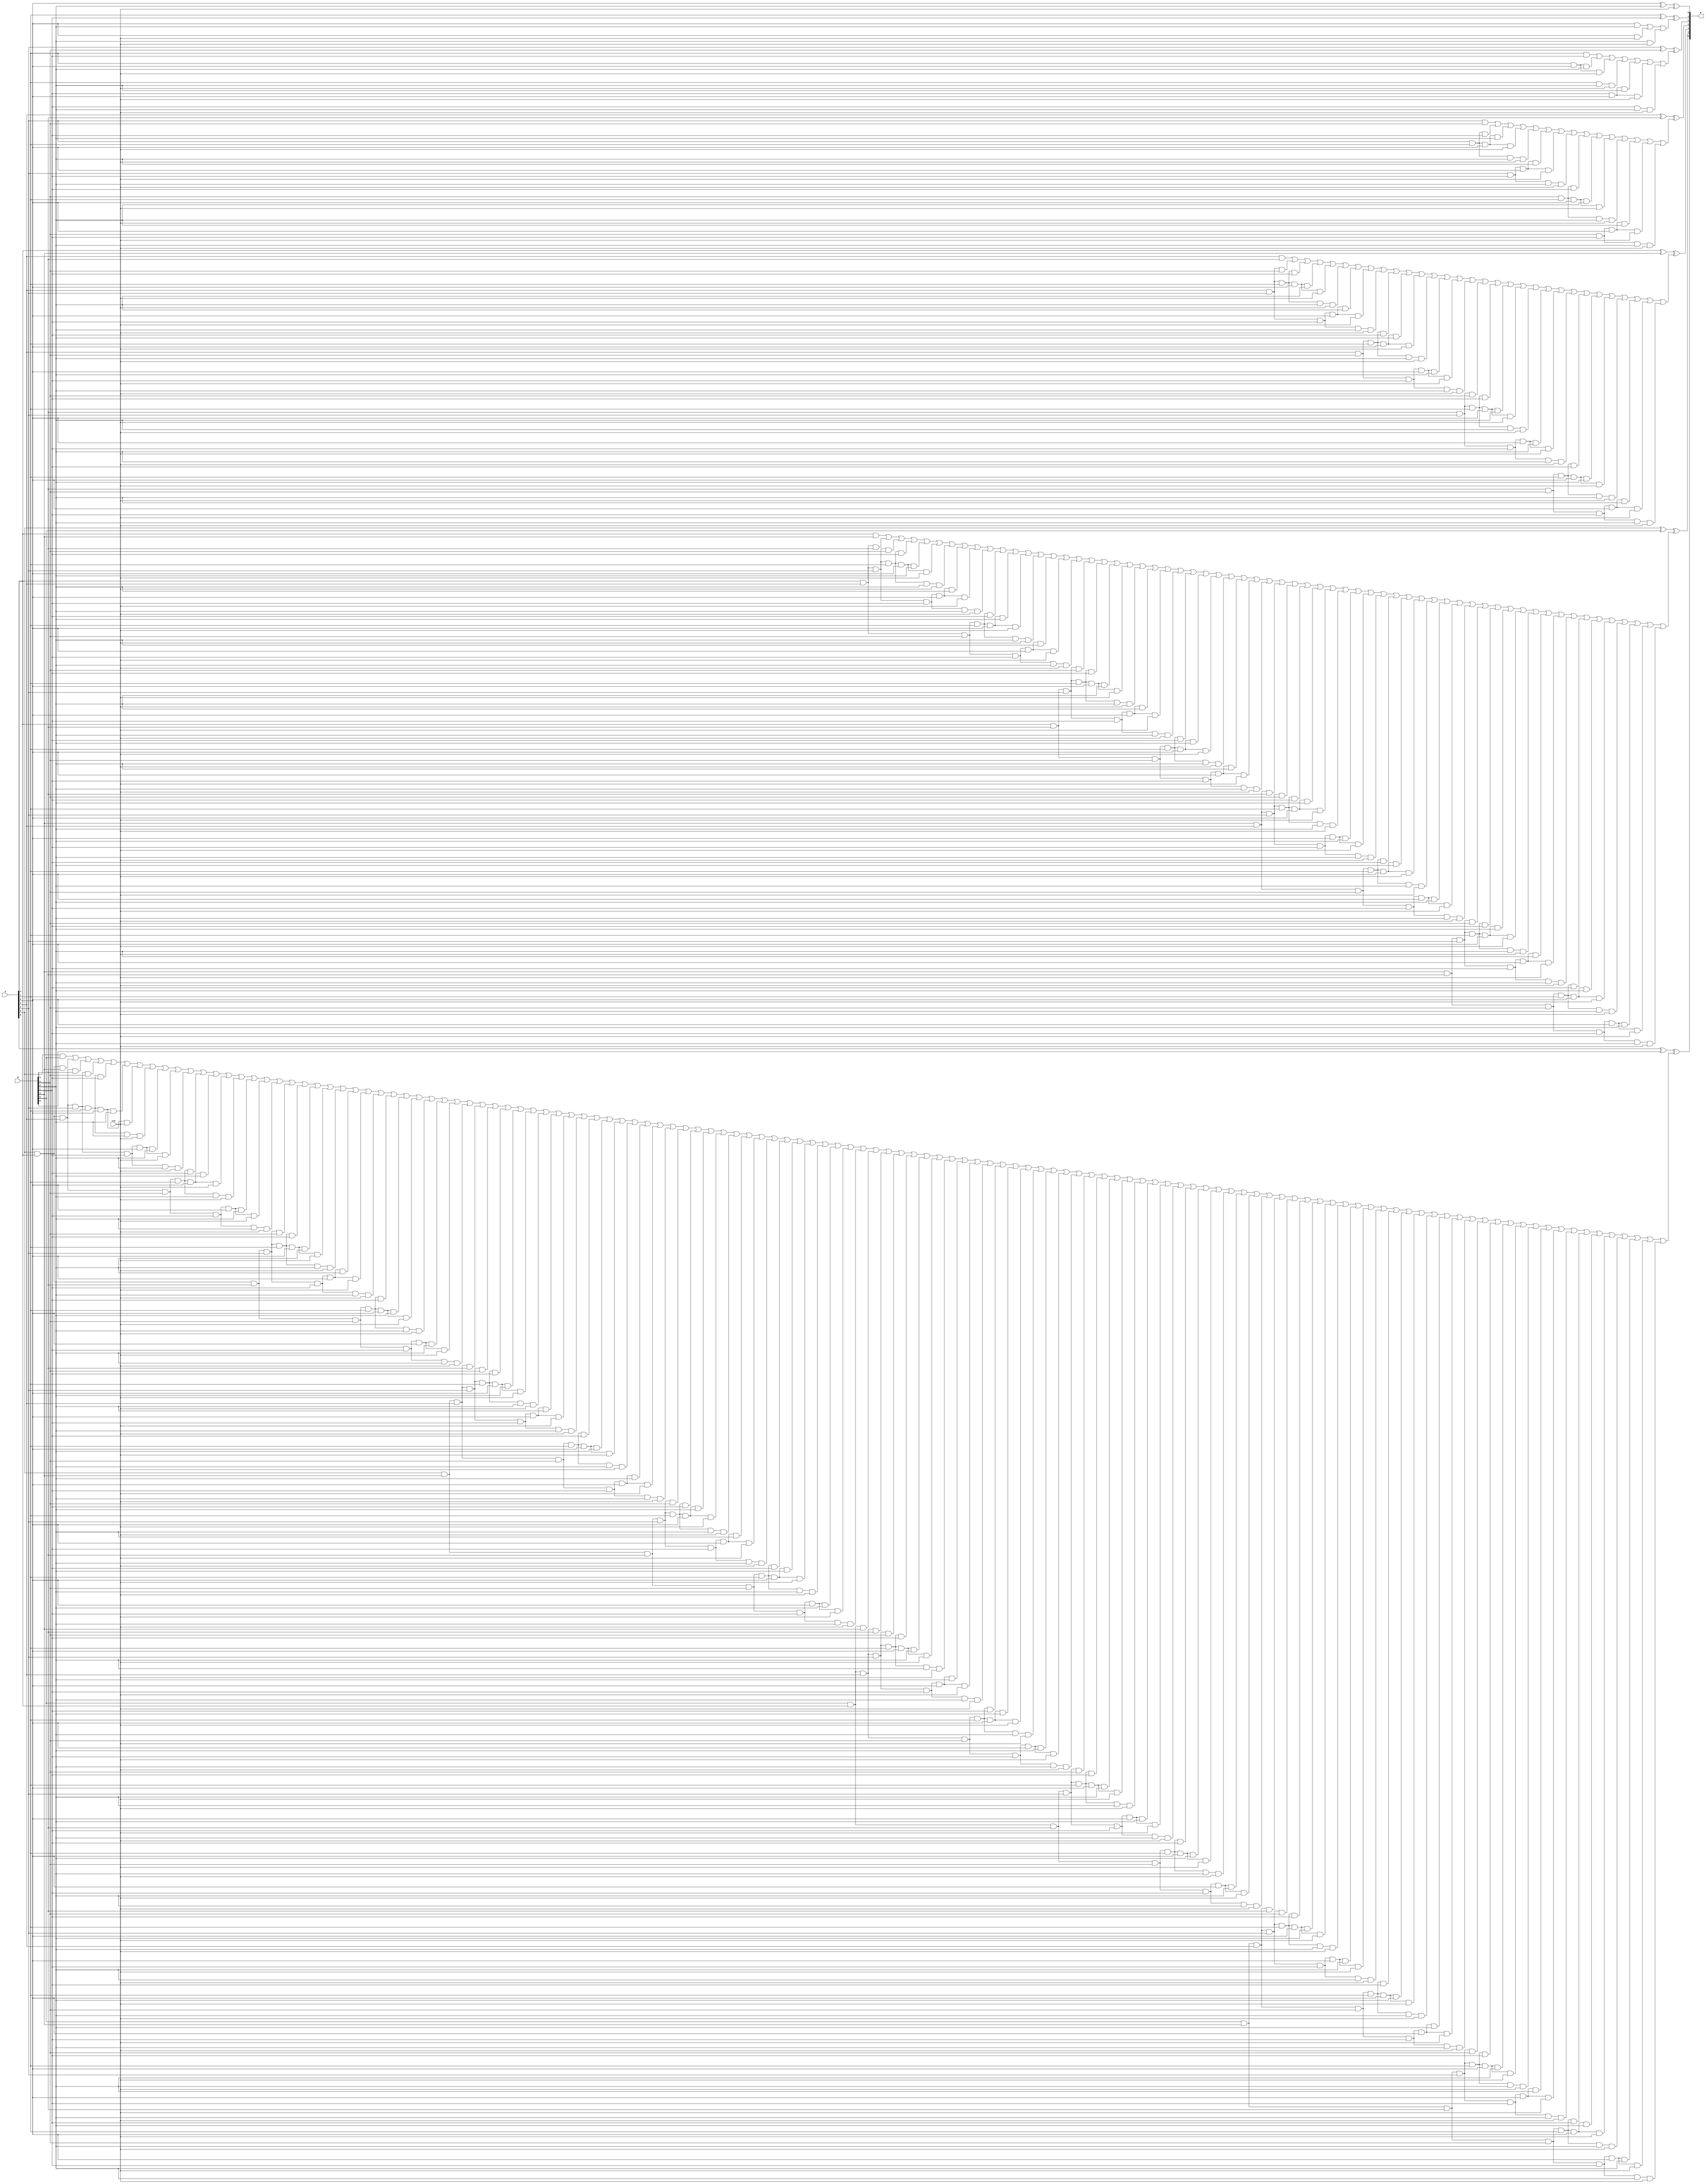
module alt_carry_look_ahead_adder_cin7
(
input [6:0] A, B,
input cin,
output [6:0] R
);
wire c0,  c1,  c2,  c3,  c4,  c5,  c6; 
wire c_one_1, c_one_2, c_one_3;
wire c_two_1, c_two_2, c_two_3, c_two_4, c_two_5, c_two_6, c_two_7;
wire c_three_1,c_three_2,c_three_3,c_three_4,c_three_5,c_three_6,c_three_7,c_three_8,c_three_9,c_three_10,c_three_11,c_three_12,c_three_13,c_three_14,c_three_15;
wire c_four_1, c_four_2, c_four_3, c_four_4, c_four_5, c_four_6, c_four_7, c_four_8, c_four_9, c_four_10, c_four_11, c_four_12, c_four_13, c_four_14, c_four_15, c_four_16, c_four_17, c_four_18, c_four_19, c_four_20, c_four_21, c_four_22, c_four_23, c_four_24, c_four_25, c_four_26, c_four_27, c_four_28, c_four_29, c_four_30, c_four_31;
wire c_five_1, c_five_2, c_five_3, c_five_4, c_five_5, c_five_6, c_five_7, c_five_8, c_five_9, c_five_10, c_five_11, c_five_12, c_five_13, c_five_14, c_five_15, c_five_16, c_five_17, c_five_18, c_five_19, c_five_20, c_five_21, c_five_22, c_five_23, c_five_24, c_five_25, c_five_26, c_five_27, c_five_28, c_five_29, c_five_30, c_five_31, c_five_32, c_five_33, c_five_34, c_five_35, c_five_36, c_five_37, c_five_38, c_five_39, c_five_40, c_five_41, c_five_42, c_five_43, c_five_44, c_five_45, c_five_46, c_five_47, c_five_48, c_five_49, c_five_50, c_five_51, c_five_52, c_five_53, c_five_54, c_five_55, c_five_56, c_five_57, c_five_58, c_five_59, c_five_60, c_five_61, c_five_62, c_five_63; 
wire c_six_1, c_six_2, c_six_3, c_six_4, c_six_5, c_six_6, c_six_7, c_six_8, c_six_9, c_six_10, c_six_11, c_six_12, c_six_13, c_six_14, c_six_15, c_six_16, c_six_17, c_six_18, c_six_19, c_six_20, c_six_21, c_six_22, c_six_23, c_six_24, c_six_25, c_six_26, c_six_27, c_six_28, c_six_29, c_six_30, c_six_31, c_six_32, c_six_33, c_six_34, c_six_35, c_six_36, c_six_37, c_six_38, c_six_39, c_six_40, c_six_41, c_six_42, c_six_43, c_six_44, c_six_45, c_six_46, c_six_47, c_six_48, c_six_49, c_six_50, c_six_51, c_six_52, c_six_53, c_six_54, c_six_55, c_six_56, c_six_57, c_six_58, c_six_59, c_six_60, c_six_61, c_six_62, c_six_63, c_six_64, c_six_65, c_six_66, c_six_67, c_six_68, c_six_69, c_six_70, c_six_71, c_six_72, c_six_73, c_six_74, c_six_75, c_six_76, c_six_77, c_six_78, c_six_79, c_six_80, c_six_81, c_six_82, c_six_83, c_six_84, c_six_85, c_six_86, c_six_87, c_six_88, c_six_89, c_six_90, c_six_91, c_six_92, c_six_93, c_six_94, c_six_95, c_six_96, c_six_97, c_six_98, c_six_99, c_six_100,  c_six_101, c_six_102, c_six_103, c_six_104, c_six_105, c_six_106, c_six_107, c_six_108, c_six_109, c_six_110, c_six_111, c_six_112, c_six_113, c_six_114, c_six_115, c_six_116, c_six_117, c_six_118, c_six_119, c_six_120, c_six_121, c_six_122, c_six_123, c_six_124, c_six_125, c_six_126, c_six_127; 



assign c0 = cin;
and(c_one_1 ,A[0],B[0]);
and(c_one_2 ,A[0],c0);
and(c_one_3 ,B[0],c0);
and(c_two_1 ,A[1],B[1]);
and(c_two_2 ,A[1],A[0],B[0]);
and(c_two_3 ,A[1],A[0],c0);
and(c_two_4 ,A[1],B[0],c0);
and(c_two_5 ,B[1],A[0],B[0]);
and(c_two_6 ,B[1],A[0],c0);
and(c_two_7 ,B[1],B[0],c0);
and(c_three_1 ,A[2],B[2]);
and(c_three_2 ,A[2],A[1],B[1]);
and(c_three_3 ,A[2],A[1],A[0],B[0]);
and(c_three_4 ,A[2],A[1],A[0],c0);
and(c_three_5 ,A[2],A[1],B[0],c0);
and(c_three_6 ,A[2],B[1],A[0],B[0]);
and(c_three_7 ,A[2],B[1],A[0],c0);
and(c_three_8 ,A[2],B[1],B[0],c0);
and(c_three_9 ,B[2],A[1],B[1]);
and(c_three_10 ,B[2],A[1],A[0],B[0]);
and(c_three_11 ,B[2],A[1],A[0],c0);
and(c_three_12 ,B[2],A[1],B[0],c0);
and(c_three_13 ,B[2],B[1],A[0],B[0]);
and(c_three_14 ,B[2],B[1],A[0],c0);
and(c_three_15 ,B[2],B[1],B[0],c0);
and(c_four_1 ,A[3],B[3]);
and(c_four_2 ,A[3],A[2],B[2]);
and(c_four_3 ,A[3],A[2],A[1],B[1]);
and(c_four_4 ,A[3],A[2],A[1],A[0],B[0]);
and(c_four_5 ,A[3],A[2],A[1],A[0],c0);
and(c_four_6 ,A[3],A[2],A[1],B[0],c0);
and(c_four_7 ,A[3],A[2],B[1],A[0],B[0]);
and(c_four_8 ,A[3],A[2],B[1],A[0],c0);
and(c_four_9 ,A[3],A[2],B[1],B[0],c0);
and(c_four_10 ,A[3],B[2],A[1],B[1]);
and(c_four_11 ,A[3],B[2],A[1],A[0],B[0]);
and(c_four_12 ,A[3],B[2],A[1],A[0],c0);
and(c_four_13 ,A[3],B[2],A[1],B[0],c0);
and(c_four_14 ,A[3],B[2],B[1],A[0],B[0]);
and(c_four_15 ,A[3],B[2],B[1],A[0],c0);
and(c_four_16 ,A[3],B[2],B[1],B[0],c0);
and(c_four_17 ,B[3],A[2],B[2]);
and(c_four_18 ,B[3],A[2],A[1],B[1]);
and(c_four_19 ,B[3],A[2],A[1],A[0],B[0]);
and(c_four_20 ,B[3],A[2],A[1],A[0],c0);
and(c_four_21 ,B[3],A[2],A[1],B[0],c0);
and(c_four_22 ,B[3],A[2],B[1],A[0],B[0]);
and(c_four_23 ,B[3],A[2],B[1],A[0],c0);
and(c_four_24 ,B[3],A[2],B[1],B[0],c0);
and(c_four_25 ,B[3],B[2],A[1],B[1]);
and(c_four_26 ,B[3],B[2],A[1],A[0],B[0]);
and(c_four_27 ,B[3],B[2],A[1],A[0],c0);
and(c_four_28 ,B[3],B[2],A[1],B[0],c0);
and(c_four_29 ,B[3],B[2],B[1],A[0],B[0]);
and(c_four_30 ,B[3],B[2],B[1],A[0],c0);
and(c_four_31 ,B[3],B[2],B[1],B[0],c0);
and(c_five_1 ,A[4],B[4]);
and(c_five_2 ,A[4],A[3],B[3]);
and(c_five_3 ,A[4],A[3],A[2],B[2]);
and(c_five_4 ,A[4],A[3],A[2],A[1],B[1]);
and(c_five_5 ,A[4],A[3],A[2],A[1],A[0],B[0]);
and(c_five_6 ,A[4],A[3],A[2],A[1],A[0],c0);
and(c_five_7 ,A[4],A[3],A[2],A[1],B[0],c0);
and(c_five_8 ,A[4],A[3],A[2],B[1],A[0],B[0]);
and(c_five_9 ,A[4],A[3],A[2],B[1],A[0],c0);
and(c_five_10 ,A[4],A[3],A[2],B[1],B[0],c0);
and(c_five_11 ,A[4],A[3],B[2],A[1],B[1]);
and(c_five_12 ,A[4],A[3],B[2],A[1],A[0],B[0]);
and(c_five_13 ,A[4],A[3],B[2],A[1],A[0],c0);
and(c_five_14 ,A[4],A[3],B[2],A[1],B[0],c0);
and(c_five_15 ,A[4],A[3],B[2],B[1],A[0],B[0]);
and(c_five_16 ,A[4],A[3],B[2],B[1],A[0],c0);
and(c_five_17 ,A[4],A[3],B[2],B[1],B[0],c0);
and(c_five_18 ,A[4],B[3],A[2],B[2]);
and(c_five_19 ,A[4],B[3],A[2],A[1],B[1]);
and(c_five_20 ,A[4],B[3],A[2],A[1],A[0],B[0]);
and(c_five_21 ,A[4],B[3],A[2],A[1],A[0],c0);
and(c_five_22 ,A[4],B[3],A[2],A[1],B[0],c0);
and(c_five_23 ,A[4],B[3],A[2],B[1],A[0],B[0]);
and(c_five_24 ,A[4],B[3],A[2],B[1],A[0],c0);
and(c_five_25 ,A[4],B[3],A[2],B[1],B[0],c0);
and(c_five_26 ,A[4],B[3],B[2],A[1],B[1]);
and(c_five_27 ,A[4],B[3],B[2],A[1],A[0],B[0]);
and(c_five_28 ,A[4],B[3],B[2],A[1],A[0],c0);
and(c_five_29 ,A[4],B[3],B[2],A[1],B[0],c0);
and(c_five_30 ,A[4],B[3],B[2],B[1],A[0],B[0]);
and(c_five_31 ,A[4],B[3],B[2],B[1],A[0],c0);
and(c_five_32 ,A[4],B[3],B[2],B[1],B[0],c0);
and(c_five_33 ,B[4],A[3],B[3]);
and(c_five_34 ,B[4],A[3],A[2],B[2]);
and(c_five_35 ,B[4],A[3],A[2],A[1],B[1]);
and(c_five_36 ,B[4],A[3],A[2],A[1],A[0],B[0]);
and(c_five_37 ,B[4],A[3],A[2],A[1],A[0],c0);
and(c_five_38 ,B[4],A[3],A[2],A[1],B[0],c0);
and(c_five_39 ,B[4],A[3],A[2],B[1],A[0],B[0]);
and(c_five_40 ,B[4],A[3],A[2],B[1],A[0],c0);
and(c_five_41 ,B[4],A[3],A[2],B[1],B[0],c0);
and(c_five_42 ,B[4],A[3],B[2],A[1],B[1]);
and(c_five_43 ,B[4],A[3],B[2],A[1],A[0],B[0]);
and(c_five_44 ,B[4],A[3],B[2],A[1],A[0],c0);
and(c_five_45 ,B[4],A[3],B[2],A[1],B[0],c0);
and(c_five_46 ,B[4],A[3],B[2],B[1],A[0],B[0]);
and(c_five_47 ,B[4],A[3],B[2],B[1],A[0],c0);
and(c_five_48 ,B[4],A[3],B[2],B[1],B[0],c0);
and(c_five_49 ,B[4],B[3],A[2],B[2]);
and(c_five_50 ,B[4],B[3],A[2],A[1],B[1]);
and(c_five_51 ,B[4],B[3],A[2],A[1],A[0],B[0]);
and(c_five_52 ,B[4],B[3],A[2],A[1],A[0],c0);
and(c_five_53 ,B[4],B[3],A[2],A[1],B[0],c0);
and(c_five_54 ,B[4],B[3],A[2],B[1],A[0],B[0]);
and(c_five_55 ,B[4],B[3],A[2],B[1],A[0],c0);
and(c_five_56 ,B[4],B[3],A[2],B[1],B[0],c0);
and(c_five_57 ,B[4],B[3],B[2],A[1],B[1]);
and(c_five_58 ,B[4],B[3],B[2],A[1],A[0],B[0]);
and(c_five_59 ,B[4],B[3],B[2],A[1],A[0],c0);
and(c_five_60 ,B[4],B[3],B[2],A[1],B[0],c0);
and(c_five_61 ,B[4],B[3],B[2],B[1],A[0],B[0]);
and(c_five_62 ,B[4],B[3],B[2],B[1],A[0],c0);
and(c_five_63 ,B[4],B[3],B[2],B[1],B[0],c0);
and(c_six_1 ,A[5],B[5]);
and(c_six_2 ,A[5],A[4],B[4]);
and(c_six_3 ,A[5],A[4],A[3],B[3]);
and(c_six_4 ,A[5],A[4],A[3],A[2],B[2]);
and(c_six_5 ,A[5],A[4],A[3],A[2],A[1],B[1]);
and(c_six_6 ,A[5],A[4],A[3],A[2],A[1],A[0],B[0]);
and(c_six_7 ,A[5],A[4],A[3],A[2],A[1],A[0],c0);
and(c_six_8 ,A[5],A[4],A[3],A[2],A[1],B[0],c0);
and(c_six_9 ,A[5],A[4],A[3],A[2],B[1],A[0],B[0]);
and(c_six_10 ,A[5],A[4],A[3],A[2],B[1],A[0],c0);
and(c_six_11 ,A[5],A[4],A[3],A[2],B[1],B[0],c0);
and(c_six_12 ,A[5],A[4],A[3],B[2],A[1],B[1]);
and(c_six_13 ,A[5],A[4],A[3],B[2],A[1],A[0],B[0]);
and(c_six_14 ,A[5],A[4],A[3],B[2],A[1],A[0],c0);
and(c_six_15 ,A[5],A[4],A[3],B[2],A[1],B[0],c0);
and(c_six_16 ,A[5],A[4],A[3],B[2],B[1],A[0],B[0]);
and(c_six_17 ,A[5],A[4],A[3],B[2],B[1],A[0],c0);
and(c_six_18 ,A[5],A[4],A[3],B[2],B[1],B[0],c0);
and(c_six_19 ,A[5],A[4],B[3],A[2],B[2]);
and(c_six_20 ,A[5],A[4],B[3],A[2],A[1],B[1]);
and(c_six_21 ,A[5],A[4],B[3],A[2],A[1],A[0],B[0]);
and(c_six_22 ,A[5],A[4],B[3],A[2],A[1],A[0],c0);
and(c_six_23 ,A[5],A[4],B[3],A[2],A[1],B[0],c0);
and(c_six_24 ,A[5],A[4],B[3],A[2],B[1],A[0],B[0]);
and(c_six_25 ,A[5],A[4],B[3],A[2],B[1],A[0],c0);
and(c_six_26 ,A[5],A[4],B[3],A[2],B[1],B[0],c0);
and(c_six_27 ,A[5],A[4],B[3],B[2],A[1],B[1]);
and(c_six_28 ,A[5],A[4],B[3],B[2],A[1],A[0],B[0]);
and(c_six_29 ,A[5],A[4],B[3],B[2],A[1],A[0],c0);
and(c_six_30 ,A[5],A[4],B[3],B[2],A[1],B[0],c0);
and(c_six_31 ,A[5],A[4],B[3],B[2],B[1],A[0],B[0]);
and(c_six_32 ,A[5],A[4],B[3],B[2],B[1],A[0],c0);
and(c_six_33 ,A[5],A[4],B[3],B[2],B[1],B[0],c0);
and(c_six_34 ,A[5],B[4],A[3],B[3]);
and(c_six_35 ,A[5],B[4],A[3],A[2],B[2]);
and(c_six_36 ,A[5],B[4],A[3],A[2],A[1],B[1]);
and(c_six_37 ,A[5],B[4],A[3],A[2],A[1],A[0],B[0]);
and(c_six_38 ,A[5],B[4],A[3],A[2],A[1],A[0],c0);
and(c_six_39 ,A[5],B[4],A[3],A[2],A[1],B[0],c0);
and(c_six_40 ,A[5],B[4],A[3],A[2],B[1],A[0],B[0]);
and(c_six_41 ,A[5],B[4],A[3],A[2],B[1],A[0],c0);
and(c_six_42 ,A[5],B[4],A[3],A[2],B[1],B[0],c0);
and(c_six_43 ,A[5],B[4],A[3],B[2],A[1],B[1]);
and(c_six_44 ,A[5],B[4],A[3],B[2],A[1],A[0],B[0]);
and(c_six_45 ,A[5],B[4],A[3],B[2],A[1],A[0],c0);
and(c_six_46 ,A[5],B[4],A[3],B[2],A[1],B[0],c0);
and(c_six_47 ,A[5],B[4],A[3],B[2],B[1],A[0],B[0]);
and(c_six_48 ,A[5],B[4],A[3],B[2],B[1],A[0],c0);
and(c_six_49 ,A[5],B[4],A[3],B[2],B[1],B[0],c0);
and(c_six_50 ,A[5],B[4],B[3],A[2],B[2]);
and(c_six_51 ,A[5],B[4],B[3],A[2],A[1],B[1]);
and(c_six_52 ,A[5],B[4],B[3],A[2],A[1],A[0],B[0]);
and(c_six_53 ,A[5],B[4],B[3],A[2],A[1],A[0],c0);
and(c_six_54 ,A[5],B[4],B[3],A[2],A[1],B[0],c0);
and(c_six_55 ,A[5],B[4],B[3],A[2],B[1],A[0],B[0]);
and(c_six_56 ,A[5],B[4],B[3],A[2],B[1],A[0],c0);
and(c_six_57 ,A[5],B[4],B[3],A[2],B[1],B[0],c0);
and(c_six_58 ,A[5],B[4],B[3],B[2],A[1],B[1]);
and(c_six_59 ,A[5],B[4],B[3],B[2],A[1],A[0],B[0]);
and(c_six_60 ,A[5],B[4],B[3],B[2],A[1],A[0],c0);
and(c_six_61 ,A[5],B[4],B[3],B[2],A[1],B[0],c0);
and(c_six_62 ,A[5],B[4],B[3],B[2],B[1],A[0],B[0]);
and(c_six_63 ,A[5],B[4],B[3],B[2],B[1],A[0],c0);
and(c_six_64 ,A[5],B[4],B[3],B[2],B[1],B[0],c0);
and(c_six_65 ,B[5],A[4],B[4]);
and(c_six_66 ,B[5],A[4],A[3],B[3]);
and(c_six_67 ,B[5],A[4],A[3],A[2],B[2]);
and(c_six_68 ,B[5],A[4],A[3],A[2],A[1],B[1]);
and(c_six_69 ,B[5],A[4],A[3],A[2],A[1],A[0],B[0]);
and(c_six_70 ,B[5],A[4],A[3],A[2],A[1],A[0],c0);
and(c_six_71 ,B[5],A[4],A[3],A[2],A[1],B[0],c0);
and(c_six_72 ,B[5],A[4],A[3],A[2],B[1],A[0],B[0]);
and(c_six_73 ,B[5],A[4],A[3],A[2],B[1],A[0],c0);
and(c_six_74 ,B[5],A[4],A[3],A[2],B[1],B[0],c0);
and(c_six_75 ,B[5],A[4],A[3],B[2],A[1],B[1]);
and(c_six_76 ,B[5],A[4],A[3],B[2],A[1],A[0],B[0]);
and(c_six_77 ,B[5],A[4],A[3],B[2],A[1],A[0],c0);
and(c_six_78 ,B[5],A[4],A[3],B[2],A[1],B[0],c0);
and(c_six_79 ,B[5],A[4],A[3],B[2],B[1],A[0],B[0]);
and(c_six_80 ,B[5],A[4],A[3],B[2],B[1],A[0],c0);
and(c_six_81 ,B[5],A[4],A[3],B[2],B[1],B[0],c0);
and(c_six_82 ,B[5],A[4],B[3],A[2],B[2]);
and(c_six_83 ,B[5],A[4],B[3],A[2],A[1],B[1]);
and(c_six_84 ,B[5],A[4],B[3],A[2],A[1],A[0],B[0]);
and(c_six_85 ,B[5],A[4],B[3],A[2],A[1],A[0],c0);
and(c_six_86 ,B[5],A[4],B[3],A[2],A[1],B[0],c0);
and(c_six_87 ,B[5],A[4],B[3],A[2],B[1],A[0],B[0]);
and(c_six_88 ,B[5],A[4],B[3],A[2],B[1],A[0],c0);
and(c_six_89 ,B[5],A[4],B[3],A[2],B[1],B[0],c0);
and(c_six_90 ,B[5],A[4],B[3],B[2],A[1],B[1]);
and(c_six_91 ,B[5],A[4],B[3],B[2],A[1],A[0],B[0]);
and(c_six_92 ,B[5],A[4],B[3],B[2],A[1],A[0],c0);
and(c_six_93 ,B[5],A[4],B[3],B[2],A[1],B[0],c0);
and(c_six_94 ,B[5],A[4],B[3],B[2],B[1],A[0],B[0]);
and(c_six_95 ,B[5],A[4],B[3],B[2],B[1],A[0],c0);
and(c_six_96 ,B[5],A[4],B[3],B[2],B[1],B[0],c0);
and(c_six_97 ,B[5],B[4],A[3],B[3]);
and(c_six_98 ,B[5],B[4],A[3],A[2],B[2]);
and(c_six_99 ,B[5],B[4],A[3],A[2],A[1],B[1]);
and(c_six_100 ,B[5],B[4],A[3],A[2],A[1],A[0],B[0]);
and(c_six_101 ,B[5],B[4],A[3],A[2],A[1],A[0],c0);
and(c_six_102 ,B[5],B[4],A[3],A[2],A[1],B[0],c0);
and(c_six_103 ,B[5],B[4],A[3],A[2],B[1],A[0],B[0]);
and(c_six_104 ,B[5],B[4],A[3],A[2],B[1],A[0],c0);
and(c_six_105 ,B[5],B[4],A[3],A[2],B[1],B[0],c0);
and(c_six_106 ,B[5],B[4],A[3],B[2],A[1],B[1]);
and(c_six_107 ,B[5],B[4],A[3],B[2],A[1],A[0],B[0]);
and(c_six_108 ,B[5],B[4],A[3],B[2],A[1],A[0],c0);
and(c_six_109 ,B[5],B[4],A[3],B[2],A[1],B[0],c0);
and(c_six_110 ,B[5],B[4],A[3],B[2],B[1],A[0],B[0]);
and(c_six_111 ,B[5],B[4],A[3],B[2],B[1],A[0],c0);
and(c_six_112 ,B[5],B[4],A[3],B[2],B[1],B[0],c0);
and(c_six_113 ,B[5],B[4],B[3],A[2],B[2]);
and(c_six_114 ,B[5],B[4],B[3],A[2],A[1],B[1]);
and(c_six_115 ,B[5],B[4],B[3],A[2],A[1],A[0],B[0]);
and(c_six_116 ,B[5],B[4],B[3],A[2],A[1],A[0],c0);
and(c_six_117 ,B[5],B[4],B[3],A[2],A[1],B[0],c0);
and(c_six_118 ,B[5],B[4],B[3],A[2],B[1],A[0],B[0]);
and(c_six_119 ,B[5],B[4],B[3],A[2],B[1],A[0],c0);
and(c_six_120 ,B[5],B[4],B[3],A[2],B[1],B[0],c0);
and(c_six_121 ,B[5],B[4],B[3],B[2],A[1],B[1]);
and(c_six_122 ,B[5],B[4],B[3],B[2],A[1],A[0],B[0]);
and(c_six_123 ,B[5],B[4],B[3],B[2],A[1],A[0],c0);
and(c_six_124 ,B[5],B[4],B[3],B[2],A[1],B[0],c0);
and(c_six_125 ,B[5],B[4],B[3],B[2],B[1],A[0],B[0]);
and(c_six_126 ,B[5],B[4],B[3],B[2],B[1],A[0],c0);
and(c_six_127 ,B[5],B[4],B[3],B[2],B[1],B[0],c0);




assign c1 = c_one_1| c_one_2| c_one_3;
assign c2 = c_two_1| c_two_2| c_two_3| c_two_4| c_two_5| c_two_6| c_two_7;
assign c3 = c_three_1|c_three_2|c_three_3|c_three_4|c_three_5|c_three_6|c_three_7|c_three_8|c_three_9|c_three_10|c_three_11|c_three_12|c_three_13|c_three_14|c_three_15;
assign c4 = c_four_1| c_four_2| c_four_3| c_four_4| c_four_5| c_four_6| c_four_7| c_four_8| c_four_9| c_four_10| c_four_11| c_four_12| c_four_13| c_four_14| c_four_15| c_four_16| c_four_17| c_four_18| c_four_19| c_four_20| c_four_21| c_four_22| c_four_23| c_four_24| c_four_25| c_four_26| c_four_27| c_four_28| c_four_29| c_four_30| c_four_31;
assign c5 = c_five_1| c_five_2| c_five_3| c_five_4| c_five_5| c_five_6| c_five_7| c_five_8| c_five_9| c_five_10| c_five_11| c_five_12| c_five_13| c_five_14| c_five_15| c_five_16| c_five_17| c_five_18| c_five_19| c_five_20| c_five_21| c_five_22| c_five_23| c_five_24| c_five_25| c_five_26| c_five_27| c_five_28| c_five_29| c_five_30| c_five_31| c_five_32| c_five_33| c_five_34| c_five_35| c_five_36| c_five_37| c_five_38| c_five_39| c_five_40| c_five_41| c_five_42| c_five_43| c_five_44| c_five_45| c_five_46| c_five_47| c_five_48| c_five_49| c_five_50| c_five_51| c_five_52| c_five_53| c_five_54| c_five_55| c_five_56| c_five_57| c_five_58| c_five_59| c_five_60| c_five_61| c_five_62| c_five_63; 
assign c6 = c_six_1| c_six_2| c_six_3| c_six_4| c_six_5| c_six_6| c_six_7| c_six_8| c_six_9| c_six_10| c_six_11| c_six_12| c_six_13| c_six_14| c_six_15| c_six_16| c_six_17| c_six_18| c_six_19| c_six_20| c_six_21| c_six_22| c_six_23| c_six_24| c_six_25| c_six_26| c_six_27| c_six_28| c_six_29| c_six_30| c_six_31| c_six_32| c_six_33| c_six_34| c_six_35| c_six_36| c_six_37| c_six_38| c_six_39| c_six_40| c_six_41| c_six_42| c_six_43| c_six_44| c_six_45| c_six_46| c_six_47| c_six_48| c_six_49| c_six_50| c_six_51| c_six_52| c_six_53| c_six_54| c_six_55| c_six_56| c_six_57| c_six_58| c_six_59| c_six_60| c_six_61| c_six_62| c_six_63| c_six_64| c_six_65| c_six_66| c_six_67| c_six_68| c_six_69| c_six_70| c_six_71| c_six_72| c_six_73| c_six_74| c_six_75| c_six_76| c_six_77| c_six_78| c_six_79| c_six_80| c_six_81| c_six_82| c_six_83| c_six_84| c_six_85| c_six_86| c_six_87| c_six_88| c_six_89| c_six_90| c_six_91| c_six_92| c_six_93| c_six_94| c_six_95| c_six_96| c_six_97| c_six_98| c_six_99| c_six_100|  c_six_101| c_six_102| c_six_103| c_six_104| c_six_105| c_six_106| c_six_107| c_six_108| c_six_109| c_six_110| c_six_111| c_six_112| c_six_113| c_six_114| c_six_115| c_six_116| c_six_117| c_six_118| c_six_119| c_six_120| c_six_121| c_six_122| c_six_123| c_six_124| c_six_125| c_six_126| c_six_127; 






assign R[0] = A[0] ^ B[0] ^ c0;
assign R[1] = A[1] ^ B[1] ^ c1;
assign R[2] = A[2] ^ B[2] ^ c2;
assign R[3] = A[3] ^ B[3] ^ c3;
assign R[4] = A[4] ^ B[4] ^ c4;
assign R[5] = A[5] ^ B[5] ^ c5;
assign R[6] = A[6] ^ B[6] ^ c6;


endmodule